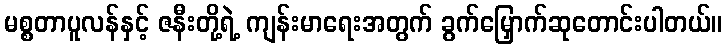
မစ္စတာပူလန်နှင့် ဇနီးတို့ရဲ့ ကျန်းမာရေးအတွက် ခွက်မြှောက်ဆုတောင်းပါတယ်။